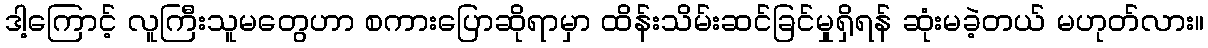
ဒါ့ကြောင့် လူကြီးသူမတွေဟာ စကားပြောဆိုရာမှာ ထိန်းသိမ်းဆင်ခြင်မှုရှိရန် ဆုံးမခဲ့တယ် မဟုတ်လား။